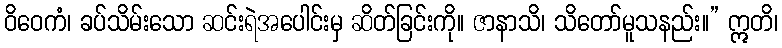
ဝိဝေကံ၊ ခပ်သိမ်းသော ဆင်းရဲအပေါင်းမှ ဆိတ်ခြင်းကို။ ဇာနာသိ၊ သိတော်မူသနည်း။” ဣတိ၊